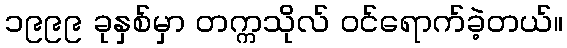
၁၉၉၉ ခုနှစ်မှာ တက္ကသိုလ် ဝင်ရောက်ခဲ့တယ်။